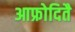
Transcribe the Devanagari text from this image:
आफ्रोदितै